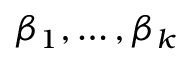
\beta _ { 1 } , \ldots , \beta _ { k }